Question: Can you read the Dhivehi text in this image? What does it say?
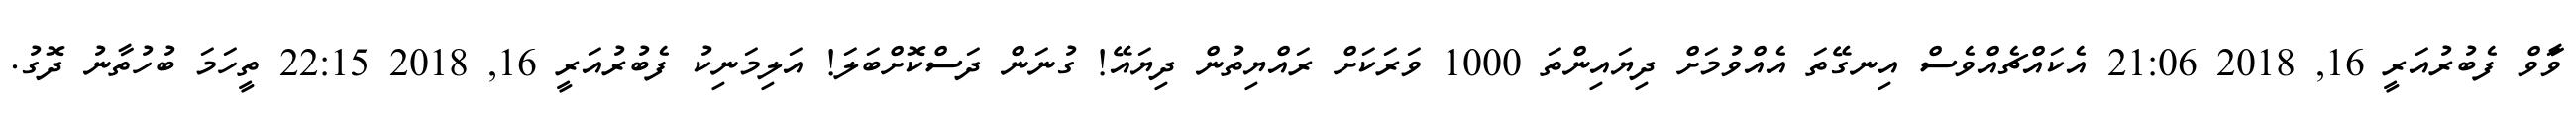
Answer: ވަާވް ފެބުރުއަރީ 16, 2018 21:06 އެކައްޗެއްވެސް އިނގޭތަ އެއްވުމަށް ދިޔައިންތަ 1000 ވަރަކަށް ރައްޔިތުން ދިޔައޭ! ގުނަން ދަސްކޮށްބަލަ! އަލިމަނިކު ފެބުރުއަރީ 16, 2018 22:15 ތީހަމަ ބުހުތާނު ދޮގު.